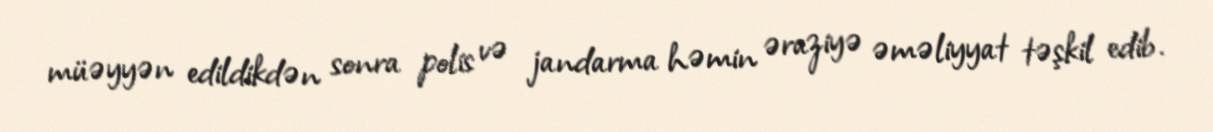
müəyyən edildikdən sonra polis və jandarma həmin əraziyə əməliyyat təşkil edib.